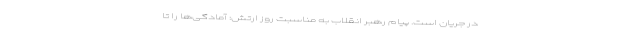
در جریان است. پیام رهبر انقلاب به مناسبت روز ارتش: آمادگی‌ها را تا